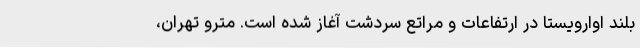
بلند اوارویستا در ارتفاعات و مراتع سردشت آغاز شده است. مترو تهران،